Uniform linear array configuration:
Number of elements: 48
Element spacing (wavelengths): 0.75
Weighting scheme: kaiser
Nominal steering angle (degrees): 0
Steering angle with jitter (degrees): -0.1396
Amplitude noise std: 0.05
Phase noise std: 0.05

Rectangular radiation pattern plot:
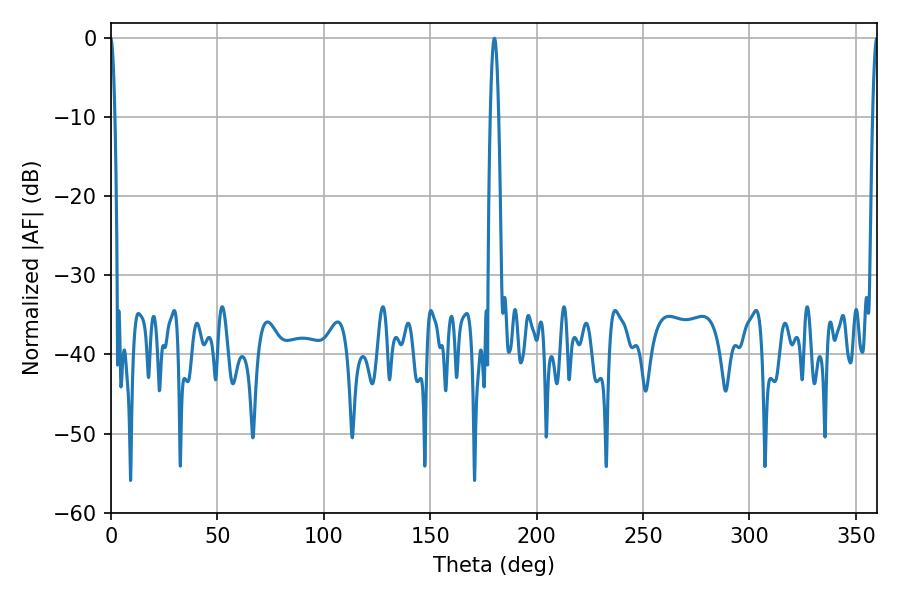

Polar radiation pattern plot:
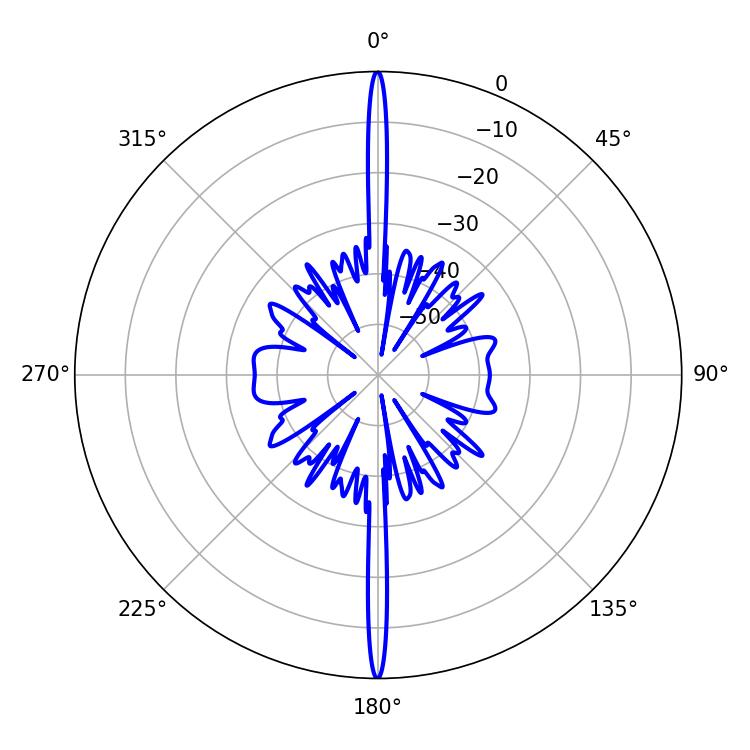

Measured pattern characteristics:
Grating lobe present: TRUE
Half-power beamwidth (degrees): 2.16
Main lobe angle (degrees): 180.18